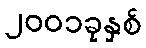
၂၀၀၁ခုနှစ်